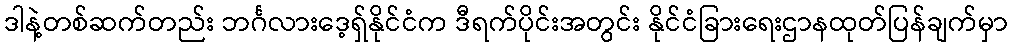
ဒါနဲ့တစ်ဆက်တည်း ဘင်္ဂလားဒေ့ရှ်နိုင်ငံက ဒီရက်ပိုင်းအတွင်း နိုင်ငံခြားရေးဌာနထုတ်ပြန်ချက်မှာ